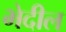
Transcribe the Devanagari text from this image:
भेदील